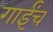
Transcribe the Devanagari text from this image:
गाईंचं